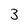
Character: 3